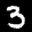
Label: 3